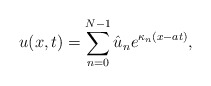
\begin{align*}u(x,t) = \sum_{n=0}^{N-1} \hat{u}_n e^{\kappa_n (x-at)},\end{align*}